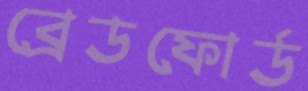
ব্রেডফোর্ড